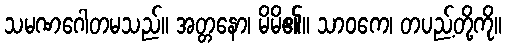
သမဏဂေါတမသည်။ အတ္တနော၊ မိမိ၏။ သာဝကေ၊ တပည့်တို့ကို။